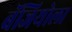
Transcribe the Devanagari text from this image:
बॅजियोला